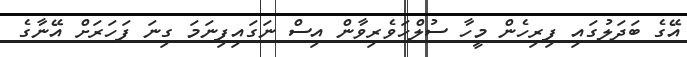
އޭގެ ބަދަލުގައި ފިރިހެން މީހާ ސުލްހަވެރިވާން އިސް ނަގައިފިނަމަ ގިނަ ފަހަރަށް އޭނާގެ